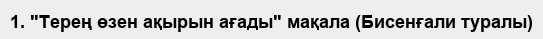
1. "Терең өзен ақырын ағады" мақала (Бисенғали туралы)